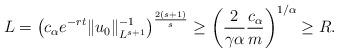
LaTeX: \begin{align*} L = \left( c_{\alpha} e^{-rt} \|u_0\|^{-1}_{L^{s+1}} \right)^\frac{2(s+1)}{s} \ge \left( \frac{2}{\gamma\alpha} \frac{ c_{\alpha}}{ m} \right)^{1/\alpha} \geq R.\end{align*}